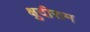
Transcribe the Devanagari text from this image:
क्षुदीराम